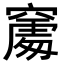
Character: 𥧻